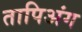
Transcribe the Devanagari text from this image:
तापिअंग